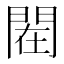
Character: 𰿟